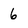
Character: 6